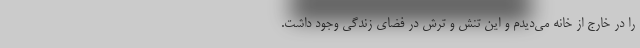
را در خارج از خانه می‌دیدم و این تنش و ترش در فضای زندگی وجود داشت.